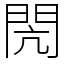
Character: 閌